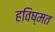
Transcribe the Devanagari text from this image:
हविष्मत